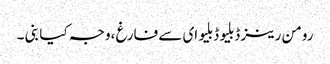
رومن رینز ڈبلیو ڈبلیو ای سے فارغ ،وجہ کیا بنی ۔